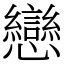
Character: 戀